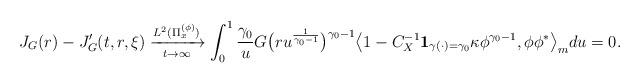
LaTeX: \begin{align*}J_G(r) - J'_G(t,r,\xi)\xrightarrow[t\to \infty]{L^2(\Pi_x^{(\phi)})}\int_0^1 \frac{\gamma_0}{u} G\big( ru^{\frac{1}{\gamma_0 - 1}} \big) ^{\gamma_0 - 1} \big\langle 1- C_X^{-1}\mathbf 1_{\gamma(\cdot) = \gamma_0} \kappa \phi^{\gamma_0 - 1}, \phi\phi^*\big\rangle_m du=0.\end{align*}